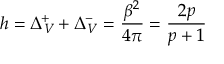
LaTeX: h = \Delta _ { V } ^ { + } + \Delta _ { V } ^ { - } = \displaystyle \frac { \beta ^ { 2 } } { 4 \pi } = \displaystyle \frac { 2 p } { p + 1 }